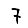
Digit: 7